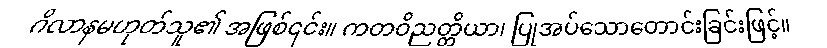
ဂိလာနမဟုတ်သူ၏ အဖြစ်၎င်း။ ကတဝိညတ္တိယာ၊ ပြုအပ်သောတောင်းခြင်းဖြင့်။